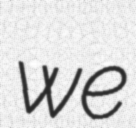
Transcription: we